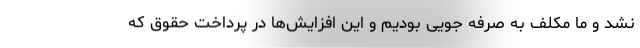
نشد و ما مکلف به صرفه جویی بودیم و این افزایش‌ها در پرداخت حقوق که